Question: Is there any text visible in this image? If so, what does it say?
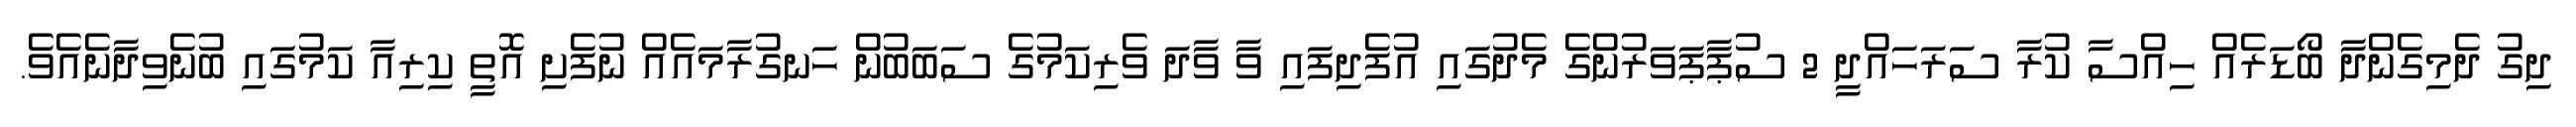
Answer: ދިގު ދެމިގެންދާ ބޯޑަރެއް ހިއްސާ ކުރާ ސަރަހައްދީ 2 ސުޕާޕަވަރުންގެ މެދުގައި އުފެދިފައި ވާ ވާދަ ވެރިކަމުގެ ސަބަބުން ހަނގުރާމައެއް ނުފެށި އޮތީ ކިރިއާ ކަމުގައި ބުނެވިދާނެއެވެ.